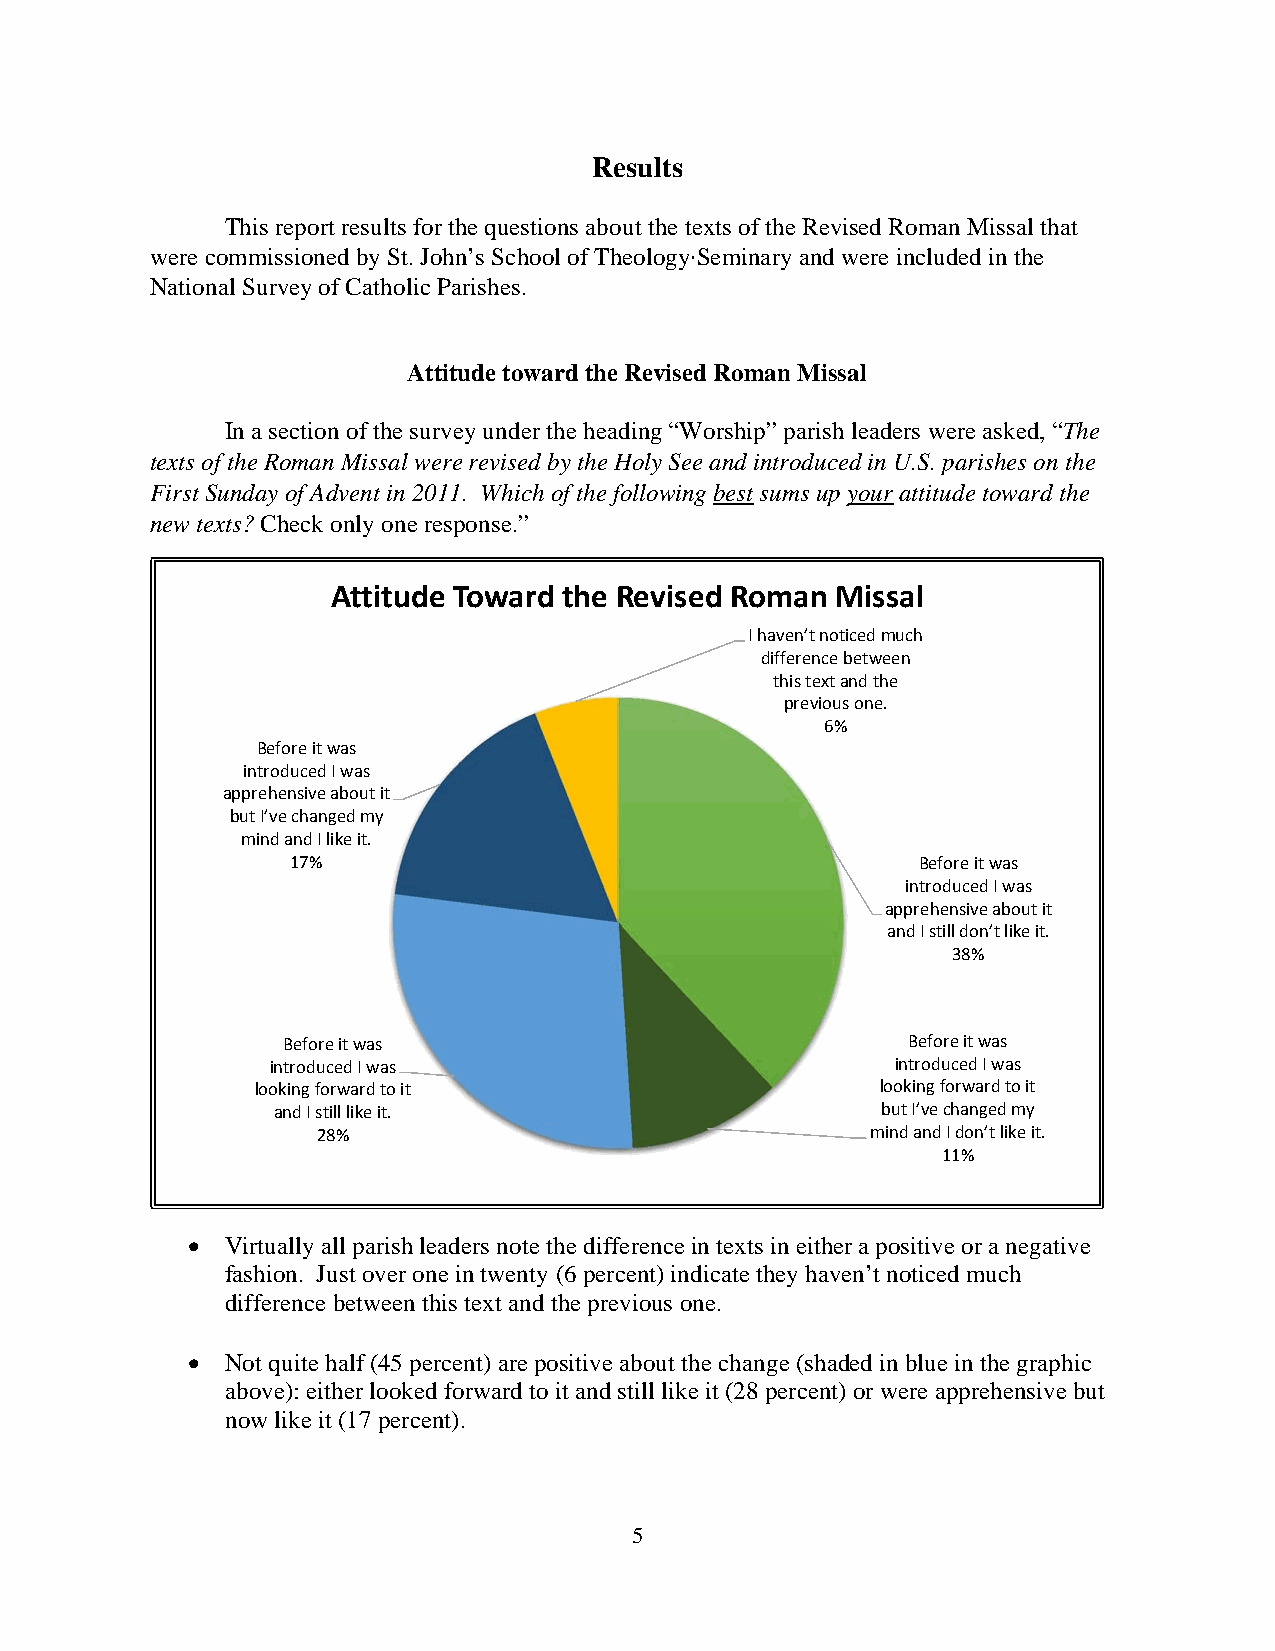
Results
 This report results for the questions about the texts of the Revised Roman Missal that
 were commissioned by St. John’s School of Theology∙Seminary and were included in the
 National Survey of Catholic Parishes.
 Attitude toward the Revised Roman Missal
 In a section of the survey under the heading “Worship” parish leaders were asked, “The
 texts of the Roman Missal were revised by the Holy See and introduced in U.S. parishes on the
 First Sunday of Advent in 2011. Which of the following best sums up your attitude toward the
 new texts? Check only one response.”
 Attitude Toward the Revised Roman Missal
 I haven’t noticed much
 difference between
 this text and the
 previous one.
 6%
 Before it was
 introduced I was
 apprehensive about it
 but I’ve changed my
 mind and I like it.
 17%                                       Before it was
 introduced I was
 apprehensive about it
 and I still don’t like it.
 38%
 Before it was                            Before it was
 introduced I was                         introduced I was
 looking forward to it                    looking forward to it
 and I still like it.                    but I’ve changed my
 28%                                  mind and I don’t like it.
 11%
   Virtually all parish leaders note the difference in texts in either a positive or a negative
 fashion. Just over one in twenty (6 percent) indicate they haven’t noticed much
 difference between this text and the previous one.
   Not quite half (45 percent) are positive about the change (shaded in blue in the graphic
 above): either looked forward to it and still like it (28 percent) or were apprehensive but
 now like it (17 percent).
 5